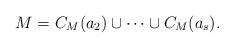
LaTeX: \begin{align*}M=C_M(a_2)\cup \dots \cup C_M(a_s).\end{align*}